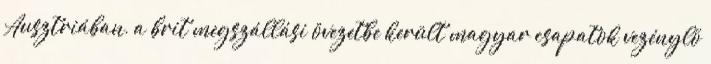
Ausztriában, a brit megszállási övezetbe került magyar csapatok vezénylõ